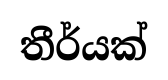
තීර්යක්